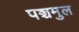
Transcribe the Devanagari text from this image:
पञ्चमुल